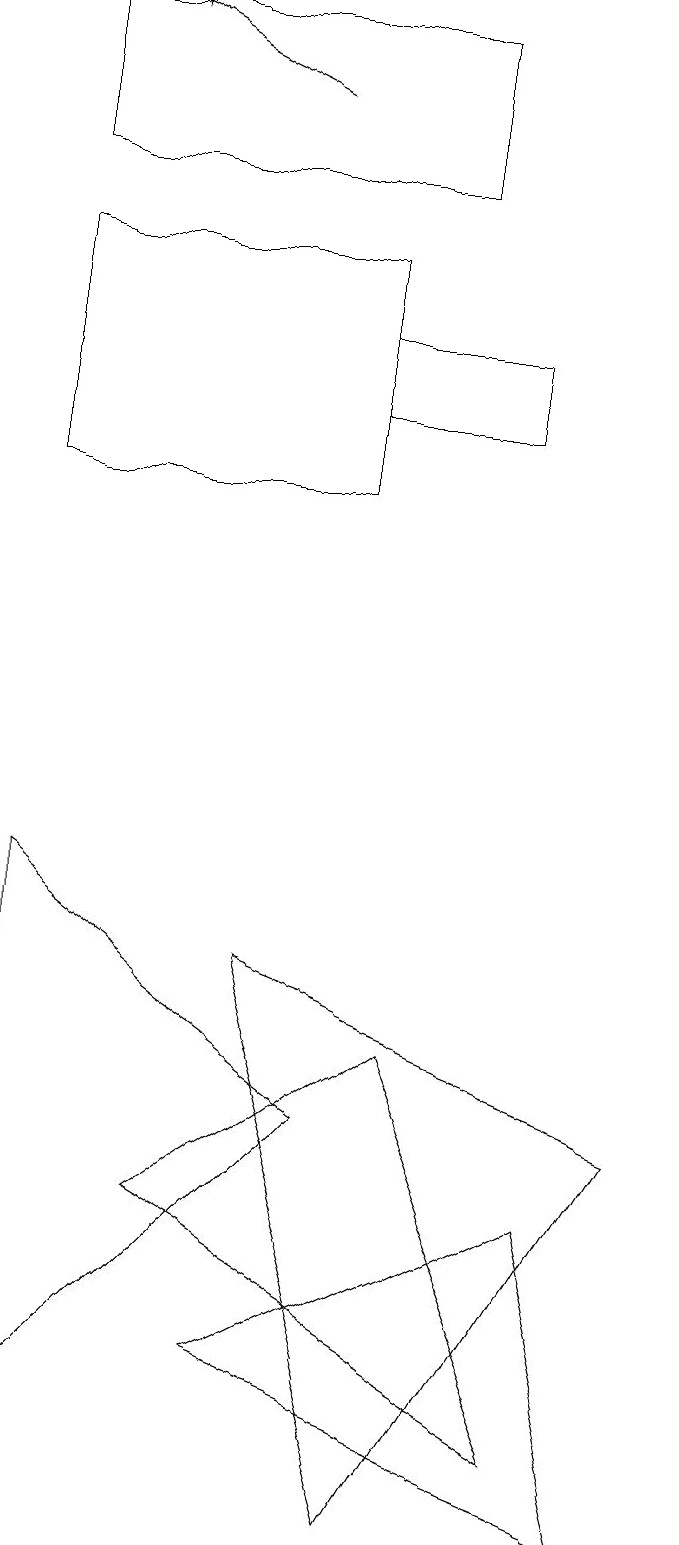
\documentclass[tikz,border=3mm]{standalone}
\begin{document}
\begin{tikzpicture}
\draw (5,19) rectangle (0,17);
\draw (0,8) -- (4,5) -- (0,1) -- cycle;
\draw (8,0) -- (3,2) -- (7,4) -- cycle;
\draw[->] (3,18) -- (1,19);
\draw (2,4) -- (5,6) -- (7,1) -- cycle;
\draw (6,14) rectangle (4,15);
\draw (4,13) rectangle (0,16);
\draw (8,5) -- (3,7) -- (5,0) -- cycle;
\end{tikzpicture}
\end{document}